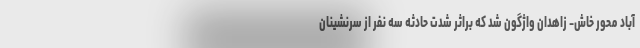
آباد محور خاش- زاهدان واژگون شد که براثر شدت حادثه سه نفر از سرنشینان